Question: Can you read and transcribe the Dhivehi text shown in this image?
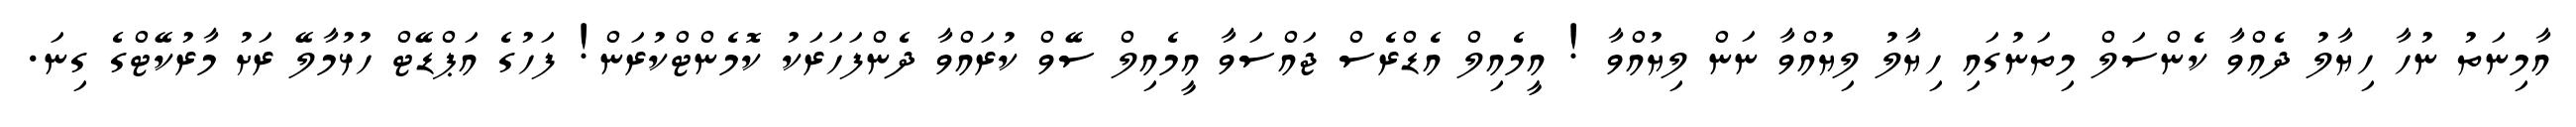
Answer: އާމިނަތު ނުހާ ހިޔާލު ދެއްވާ ކެންސަލް މިތަނުގައި ހިޔާލު ލިޔުއްވާ ނަން ލިޔުއްވާ ! އީމެއިލް އެޑްރެސް ޖައްސަވާ އީމެއިލް ސޭވް ކުރައްވާ ދެންފަހަރަކު ކޮމެންޓްކުރަން! ފަހުގެ އަޕްޑޭޓް ހުޅުމާލޭ ރަށު މާރުކޭޓްގެ ގިނަ.